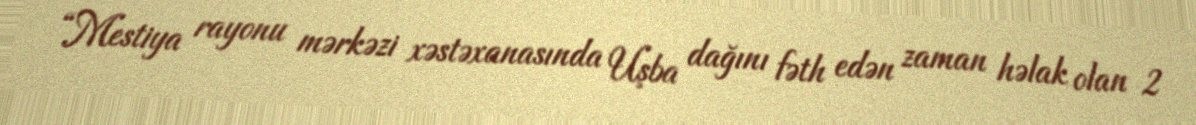
“Mestiya rayonu mərkəzi xəstəxanasında Uşba dağını fəth edən zaman həlak olan 2